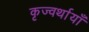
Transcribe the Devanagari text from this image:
कृज्वर्थायाँ